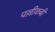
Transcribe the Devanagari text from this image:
पल्लीकबी